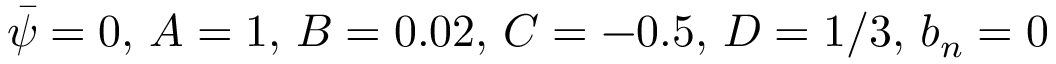
\bar { \psi } = 0 , \, A = 1 , \, B = 0 . 0 2 , \, C = - 0 . 5 , \, D = 1 / 3 , \, b _ { n } = 0